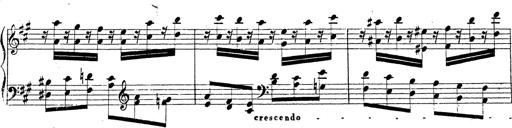
Title: Chanson bohÃ©mienne
Composer: Franz Liszt